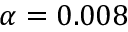
\alpha = 0 . 0 0 8